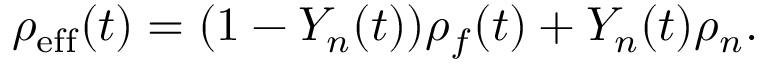
\rho _ { \mathrm { e f f } } ( t ) = ( 1 - Y _ { n } ( t ) ) \rho _ { f } ( t ) + Y _ { n } ( t ) \rho _ { n } .